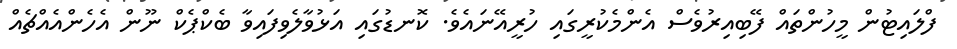
ފްލައިޓުން މީހުންތައް ފޭބިއިރުވެސް އެންމެކުރީގައި ހުރީއޭނައެވެ. ކޮނޑުގައި އަޅުވާލެވިފައިވާ ބެކްޕެކް ނޫން އެހެންއެއްޗެއް